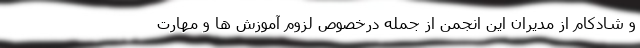
و شادكام از مديران اين انجمن از جمله درخصوص لزوم آموزش ها و مهارت